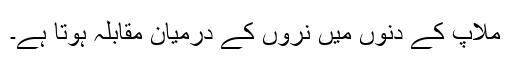
ملاپ کے دنوں میں نروں کے درمیان مقابلہ ہوتا ہے۔